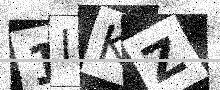
Text: 1IKZ